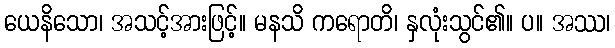
ယေနိသော၊ အသင့်အားဖြင့်။ မနသိ ကရောတိ၊ နှလုံးသွင်၏။ ပ။ အဿ၊